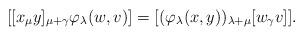
LaTeX: \begin{align*}[[x_\mu y]_{\mu+\gamma} \varphi_{\lambda}(w, v)] = [(\varphi_\lambda(x, y))_{\lambda+\mu}[w_\gamma v]].\end{align*}